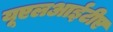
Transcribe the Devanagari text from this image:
यूएलआईटीए